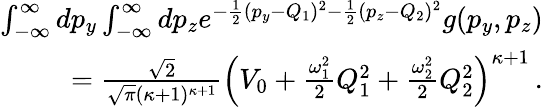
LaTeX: \begin{array}{r}{\int_{-\infty}^{\infty}dp_{y}\int_{-\infty}^{\infty}dp_{z}e^{-\frac{1}{2}(p_{y}-Q_{1})^{2}-\frac{1}{2}(p_{z}-Q_{2})^{2}}g(p_{y},p_{z})}\\ {=\frac{\sqrt{2}}{\sqrt{\pi}(\kappa+1)^{\kappa+1}}\left(V_{0}+\frac{\omega_{1}^{2}}{2}Q_{1}^{2}+\frac{\omega_{2}^{2}}{2}Q_{2}^{2}\right)^{\kappa+1}\, .}\end{array}